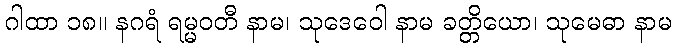
ဂါထာ ၁၈။ နဂရံ ရမ္မဝတီ နာမ၊ သုဒေဝေါ နာမ ခတ္တိယော၊ သုမေဓာ နာမ